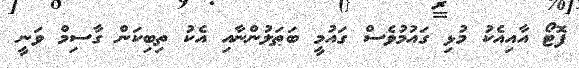
ފޮޓޯ އާއިއެކު މުޅި ގައުމުވެސް ގައުމީ ބަޠަލުންނާއި އެކު ތިބިކަން ގާސިމް ވަނީ